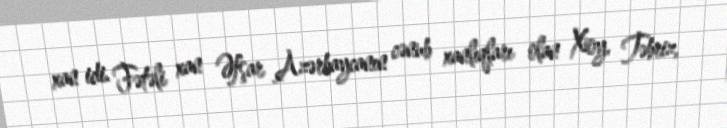
xan idi. Fətəli xan Əfşar Azərbaycanın cənub xanlıqları olan Xoy, Təbriz,